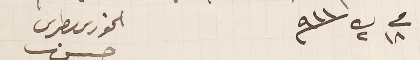
فى ١٨ ك٢  ٩١١  الخورى بطرس حسن